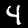
Digit: 4